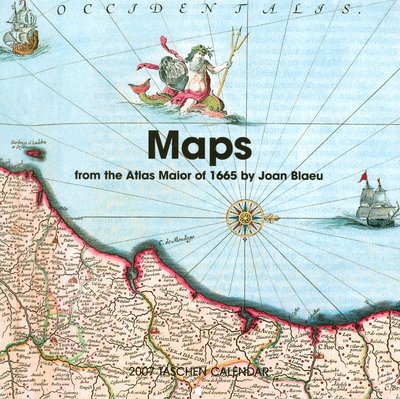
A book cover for Maps from the Atlas Maior of 1665; Calendars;